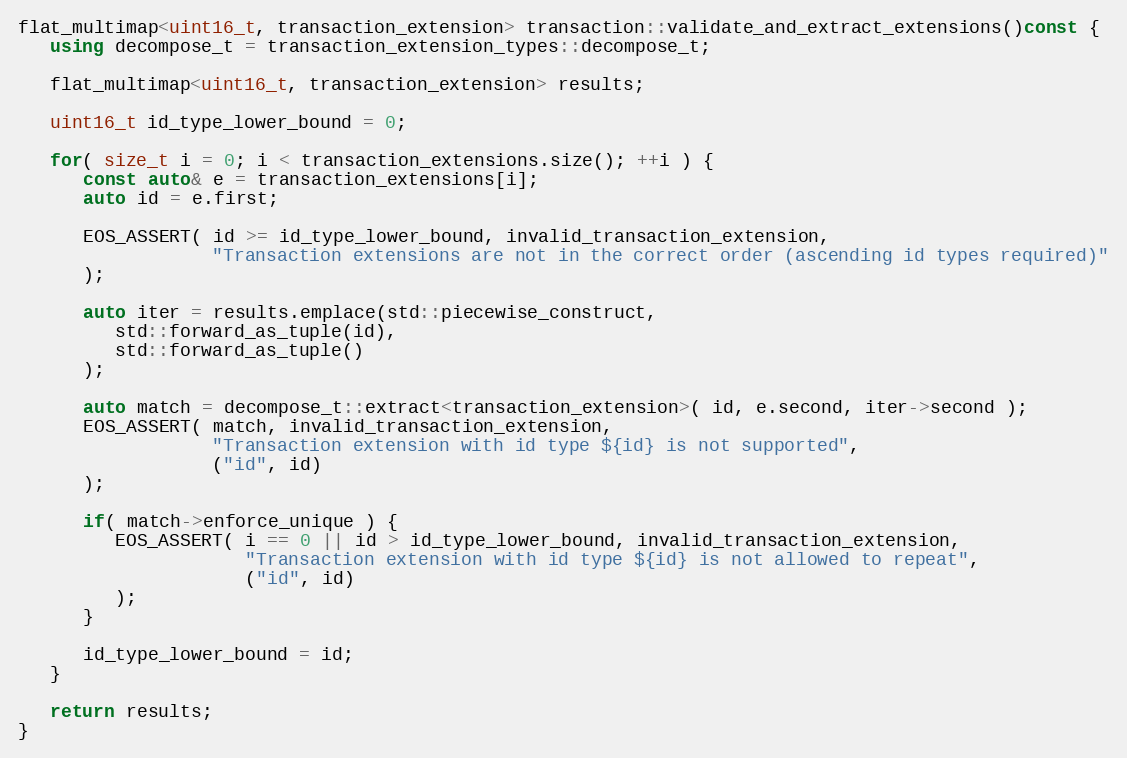
Language: C++
flat_multimap<uint16_t, transaction_extension> transaction::validate_and_extract_extensions()const {
   using decompose_t = transaction_extension_types::decompose_t;

   flat_multimap<uint16_t, transaction_extension> results;

   uint16_t id_type_lower_bound = 0;

   for( size_t i = 0; i < transaction_extensions.size(); ++i ) {
      const auto& e = transaction_extensions[i];
      auto id = e.first;

      EOS_ASSERT( id >= id_type_lower_bound, invalid_transaction_extension,
                  "Transaction extensions are not in the correct order (ascending id types required)"
      );

      auto iter = results.emplace(std::piecewise_construct,
         std::forward_as_tuple(id),
         std::forward_as_tuple()
      );

      auto match = decompose_t::extract<transaction_extension>( id, e.second, iter->second );
      EOS_ASSERT( match, invalid_transaction_extension,
                  "Transaction extension with id type ${id} is not supported",
                  ("id", id)
      );

      if( match->enforce_unique ) {
         EOS_ASSERT( i == 0 || id > id_type_lower_bound, invalid_transaction_extension,
                     "Transaction extension with id type ${id} is not allowed to repeat",
                     ("id", id)
         );
      }

      id_type_lower_bound = id;
   }

   return results;
}